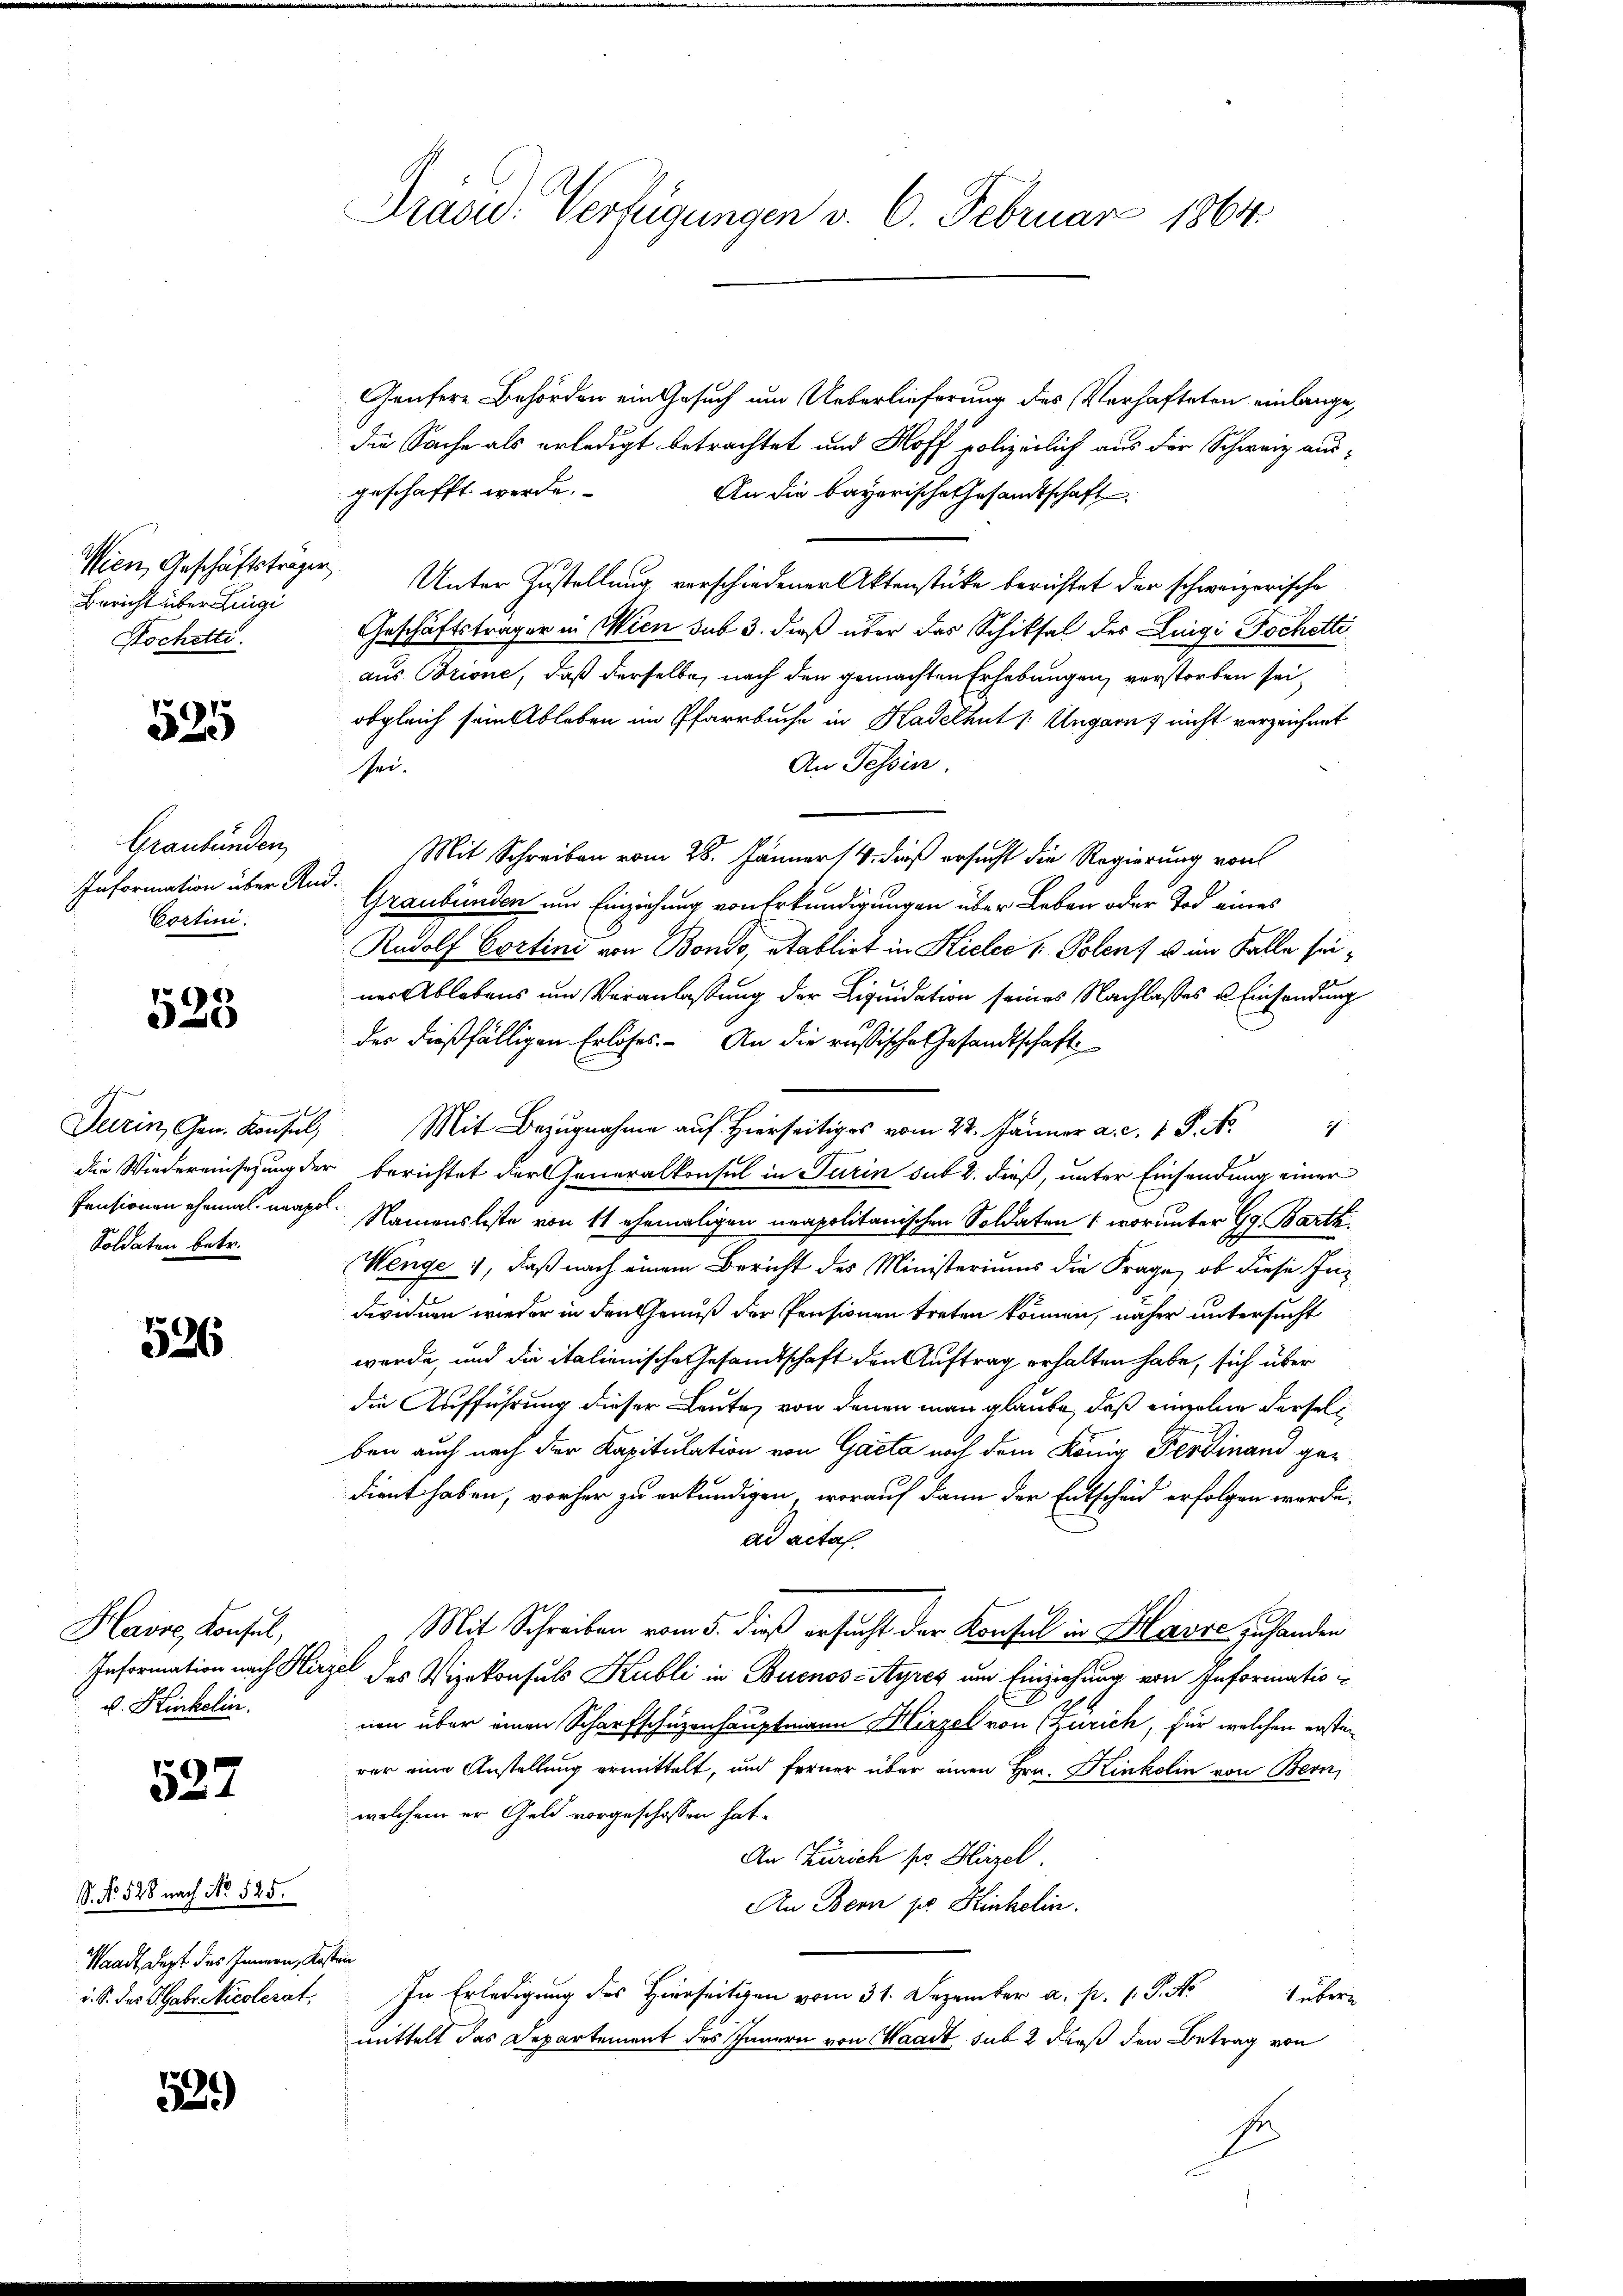
Bericht über Lingi
Wochetti.

525

Graubünden
Information über Re
Cortini.

523

Soldaten betr.

526

Havre, Konsul,
d. Hinkelin.

527

S. No 528 nach No 525.
Waadt, dept des Innern, Kosten
i. S. des Gabe Nicolerat,

52)

Drasw. Verfügungen v. 6. Februar 1864.

Genfere Behörden ein Gesuch um Ueberlieferung des Verhafteten einlange,
die Sache als erledigt betrachtet und Hoff polizeilich aus der Schweiz ausgeschafft werde.
An die bayerische Gesandtschaft
Wien, Geschäftstragen Unter Zustellung verschiedener Aktenstücke berichtet der schweizerische
Geschäftsträger in Wien sub 3. dieß über das Schiksal des Luigi Pochotti
aus Brione, daß derselbe, nach den gemachten Erhebungen, verstorben sei,
obgleich sein Ableben im Pfarrbuche in Kadelhut /: Ungarn nicht verzeichnet
An Tessin.
schei.
3. Mit Schreiben vom 28. Jänner 14. dieß ersucht die Regierung von
Graubünden und Einziehung von Erkundigungen über Leben oder Tod eines
Radolf Cortini von Bondo, etablirt in Hiele - Polen, u. in Falle seiner Ablebens und Veranlassung der Liquidation seines Nachlasses u Einsendung
der dießfälligen Erlöses. An die russische Gesandtschaft
Turin, Gen. Konsul  .  2. Jänner a. c. 1 S. N.
die Wiedereinsezung der berichtet der Generalkonsul in Turin sub 2. dieß, unter Einsendung einer
Pensionen ehemal wage. Namensliste von 11 ehemaligen neapolitanischen Soldaten (worunter Gg. Barth
Wenge, daß nach einem Bericht des Ministeriums die Frage, ob diese Individuen wieder in den Geniß der Pensionen treten können, näher untersucht
werde, und die italienische Gesamtschaft den Auftrag erhalten habe, sich über
die Aufführung dieser Leute von denen man glaube, daß einzelne dersels
ben auch nach der Kapitulation von Gacta nach dem König Ferdinand gedient haben, vorher zu erkundigen, worauf dann der Entscheid erfolgen werde,
ad acta
Mit Schreiben vom 5. dieß ersucht der Konsul in Klarare zu handen
Information nach Hirzel des Vizekonsuls Kubli in Buenos-Ayres um Einziehung von Informatis
nen über einen Scharfschuzenhauptmann Hirzel von (Zürich, für welchen ersterer eine Anstellung ermittelt, und ferner über einen Hrn. Kinkelin von Bern,
welchem er Geld vorgeschossen hat.
An Zürich pr. Hirzel.
An Bern pr. Hinkelin.
In Erledigung des Hierseitigen vom 31. Dezember a. p. 1. P. M.
1 über
mittelt das Departement des Innern von Waadt sub 2 dieß den Betrag von
s